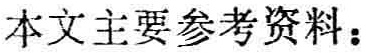
本文主要参考资料：